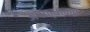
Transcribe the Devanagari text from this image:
अपेक्षाकत